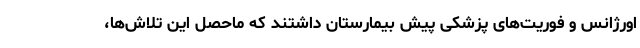
اورژانس و فوریت‌های پزشکی پیش بیمارستان داشتند که ماحصل این تلاش‌ها،